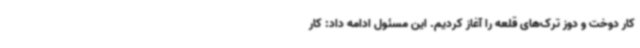
کار دوخت و دوز ترک‌های قلعه را آغاز کردیم. این مسئول ادامه داد: کار